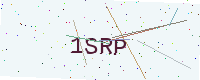
Text: 1SRP